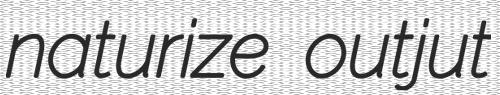
naturize outjut